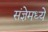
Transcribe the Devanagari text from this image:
संज्ञेमध्ये